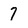
Character: 7